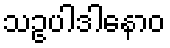
သဥပါဒါနောဝ